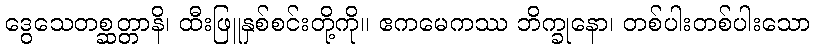
ဒွေသေတစ္ဆတ္တာနိ၊ ထီးဖြူနှစ်စင်းတို့ကို။ ဧကမေကဿ ဘိက္ခုနော၊ တစ်ပါးတစ်ပါးသော